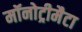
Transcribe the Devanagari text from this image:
मॉनोट्रीमैटा